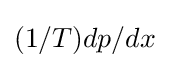
(1/T)dp/dx